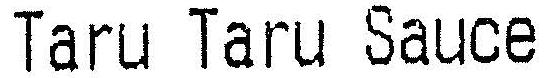
TARU TARU SAUCE